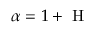
\alpha = 1 + \mathrm { ~ H ~ }